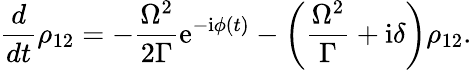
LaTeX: \frac{d}{dt}\rho_{12}=-\frac{\Omega^{2}}{2\Gamma}\mathrm{e}^{-\mathrm{i}\phi(t)}-\left(\frac{\Omega^{2}}{\Gamma}+\mathrm{i}\delta\right)\rho_{12}.